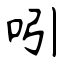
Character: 吲